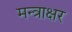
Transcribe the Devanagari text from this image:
मन्त्राक्षर